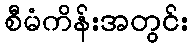
စီမံကိန်းအတွင်း